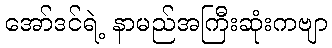
အော်ဒင်ရဲ့ နာမည်အကြီးဆုံးကဗျာ